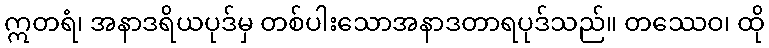
ဣတရံ၊ အနာဒရိယပုဒ်မှ တစ်ပါးသောအနာဒတာရပုဒ်သည်။ တဿေဝ၊ ထို